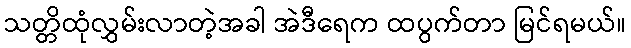
သတ္တိထုံလွှမ်းလာတဲ့အခါ အဲဒီရေက ထပွက်တာ မြင်ရမယ်။